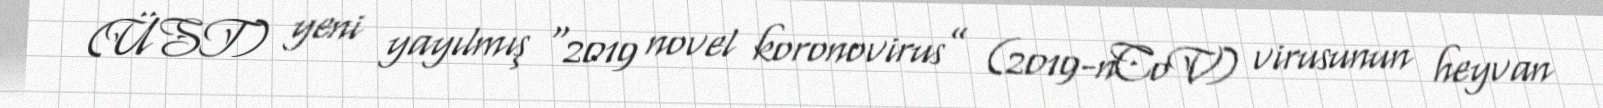
(ÜST) yeni yayılmış “2019 novel koronovirus” (2019-nCoV) virusunun heyvan